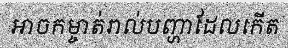
អាចកម្ចាត់រាល់បញ្ហាដែលកើត